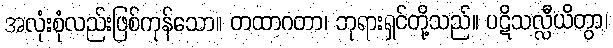
အလုံးစုံလည်းဖြစ်ကုန်သော။ တထာဂတာ၊ ဘုရားရှင်တို့သည်။ ပဋိသလ္လီယိတွာ၊